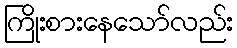
ကြိုးစားနေသော်လည်း